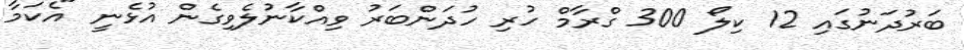
ބަރުދަނުގައި 12 ކިލޯ 300 ގްރާމް ހުރި ހުދަންބަރު ވިއްކާނުލެވިގެން އުޅެނީ "އެކަމާ